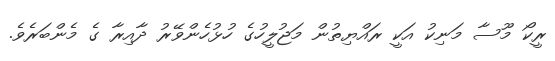
ރީކޯ މޫސާ މަނިކު އަކީ ރައްޔިތުން މަޖުލީހުގެ ހުޅުހެންވޭރު ދާއިރާ ގެ މެންބަރެވެ.